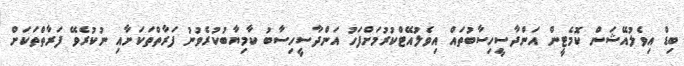
ބިޑް އިވެލުއޭޝަން ކޮމެޓީން އަންދާސީހިސާބުތައް އިވެލުއޭޓްކުރުމަށްފަހު އަންދާސީހިސާބު ކާމިޔާބުކުރެވުނު ފަރާތްތަކަށާއި ނުކުރެވޭ ފަރާތްތަކަށް